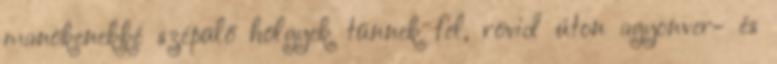
manökenekké szépülő hölgyek tűnnek fel, rövid úton agyonver- és